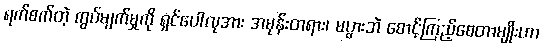
ရက်စက်တဲ့ ကွပ်မျက်မှုကို ရှင်ပေါလုအား အမုန်းတရား၊ မပွားဘဲ စောင့်ကြည့်စေတာမျိုးဟာ